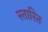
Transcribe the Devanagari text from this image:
स्तारित